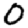
Digit: 0